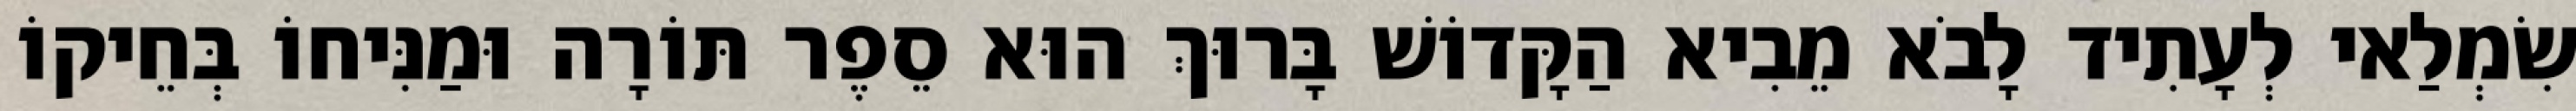
שִׂמְלַאי לְעָתִיד לָבֹא מֵבִיא הַקָּדוֹשׁ בָּרוּךְ הוּא סֵפֶר תּוֹרָה וּמַנִּיחוֹ בְּחֵיקוֹ